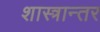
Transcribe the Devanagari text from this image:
शास्त्रान्तर